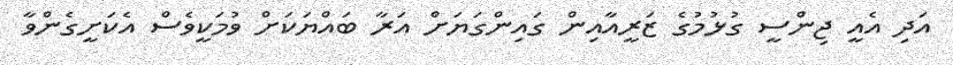
އަދި އެއީ ޖިންސީ ގުޅުމުގެ ޒަރީއާއިން ގައިންގަޔަށް އަރާ ބައްޔަކަށް ވުމަކީވެސް އެކަށީގެންވާ